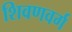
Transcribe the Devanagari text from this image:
शिवणवर्ग